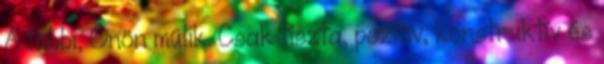
A többi, Önön múlik. Csak tiszta, pozitív, konstruktív és